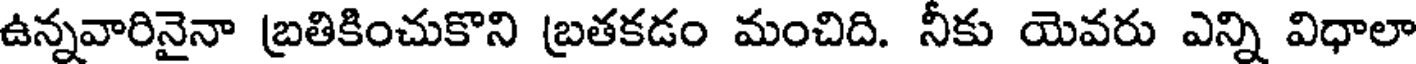
ఉన్నవారినైనా బ్రతికించుకొని బ్రతకడం మంచిది. నీకు యెవరు ఎన్ని విధాలా